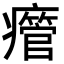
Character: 𤻥